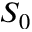
S _ { 0 }